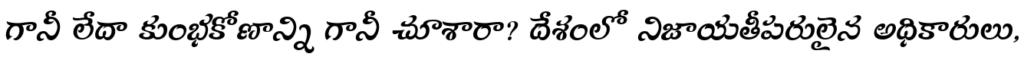
గానీ లేదా కుంభకోణాన్ని గానీ చూశారా? దేశంలో నిజాయతీపరులైన అధికారులు,